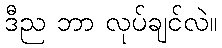
ဒီည ဘာ လုပ်ချင်လဲ။